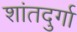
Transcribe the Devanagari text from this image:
शांतदुर्गा